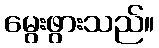
မွေးဖွားသည်။